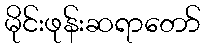
မိုင်းဖုန်းဆရာတော်